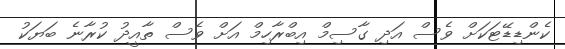
ކެންޑިޑޭޓަކަށް ވެސް އަދި ގާސިމް އިބްރާހިމް އަށް ވެސް ތާއީދު ކުރާނެ ބަޔަކު